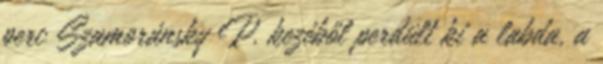
perc Szamoránsky P. kezéből perdült ki a labda, a